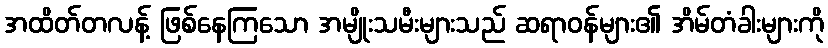
အထိတ်တလန့် ဖြစ်နေကြသော အမျိုးသမီးများသည် ဆရာဝန်များ၏ အိမ်တံခါးများကို